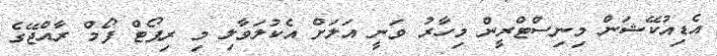
އެޑިއުކޭޝަން މިނިސްޓްރީން މިހާރު ވަނީ އަލަށް އެކުލަވާލި މި ރިޕޯޓް ފޯމް ރާއްޖޭގެ